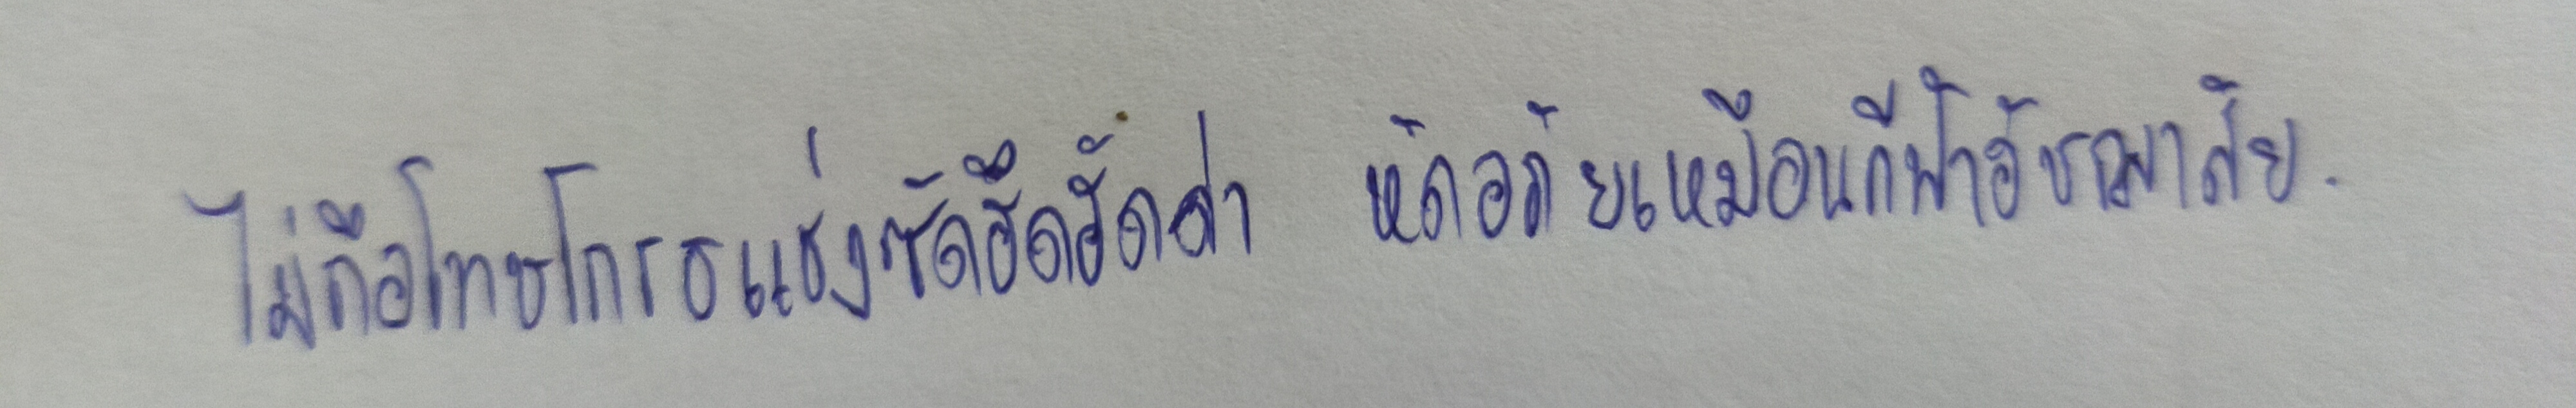
ไม่ถือโทษโกรธแช่งซัดฮึดฮัดด่า หัดอภัยเหมือนกีฬาอัชฌาสัย